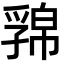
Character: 𢅁